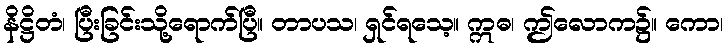
နိဋ္ဌိတံ၊ ပြီးခြင်းသို့ရောက်ပြီ။ တာပသ၊ ရှင်ရသေ့။ ဣဓ၊ ဤလောက၌။ ကော၊